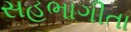
સહભાગીતા